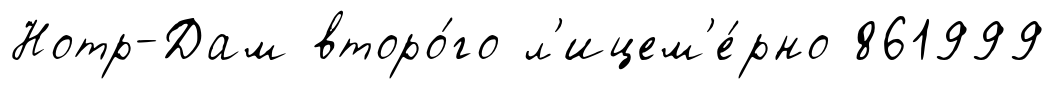
Нотр-Дам второ́го л'ицем'е́рно 861999